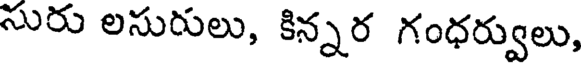
సురు లసురులు, కిన్నర గంధర్వులు,